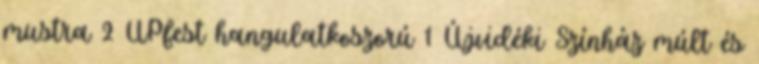
mustra 2 UPfest hangulatkoszorú 1 Újvidéki Színház múlt és